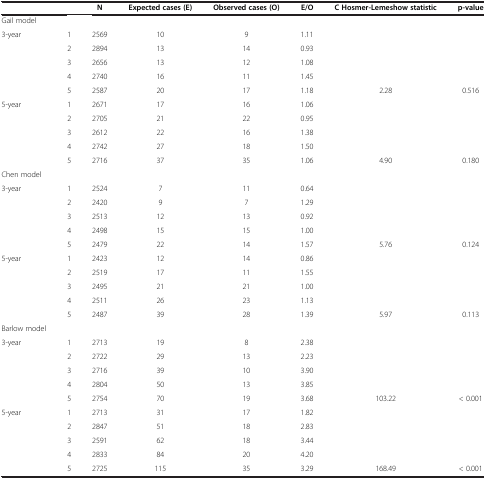
<table><thead><tr><td><b> </b></td><td><b> </b></td><td><b>N</b></td><td><b>Expected cases (E)</b></td><td><b>Observed cases (O)</b></td><td><b>E/O</b></td><td><b>C Hosmer-Lemeshow statistic</b></td><td><b>p-value</b></td></tr></thead><tbody><tr><td>Gail model</td><td> </td><td> </td><td> </td><td> </td><td> </td><td> </td><td> </td></tr><tr><td>3-year</td><td>1</td><td>2569</td><td>10</td><td>9</td><td>1.11</td><td> </td><td> </td></tr><tr><td> </td><td>2</td><td>2894</td><td>13</td><td>14</td><td>0.93</td><td> </td><td> </td></tr><tr><td> </td><td>3</td><td>2656</td><td>13</td><td>12</td><td>1.08</td><td> </td><td> </td></tr><tr><td> </td><td>4</td><td>2740</td><td>16</td><td>11</td><td>1.45</td><td> </td><td> </td></tr><tr><td> </td><td>5</td><td>2587</td><td>20</td><td>17</td><td>1.18</td><td>2.28</td><td>0.516</td></tr><tr><td>5-year</td><td>1</td><td>2671</td><td>17</td><td>16</td><td>1.06</td><td> </td><td> </td></tr><tr><td> </td><td>2</td><td>2705</td><td>21</td><td>22</td><td>0.95</td><td> </td><td> </td></tr><tr><td> </td><td>3</td><td>2612</td><td>22</td><td>16</td><td>1.38</td><td> </td><td> </td></tr><tr><td> </td><td>4</td><td>2742</td><td>27</td><td>18</td><td>1.50</td><td> </td><td> </td></tr><tr><td> </td><td>5</td><td>2716</td><td>37</td><td>35</td><td>1.06</td><td>4.90</td><td>0.180</td></tr><tr><td>Chen model</td><td> </td><td> </td><td> </td><td> </td><td> </td><td> </td><td> </td></tr><tr><td>3-year</td><td>1</td><td>2524</td><td>7</td><td>11</td><td>0.64</td><td> </td><td> </td></tr><tr><td> </td><td>2</td><td>2420</td><td>9</td><td>7</td><td>1.29</td><td> </td><td> </td></tr><tr><td> </td><td>3</td><td>2513</td><td>12</td><td>13</td><td>0.92</td><td> </td><td> </td></tr><tr><td> </td><td>4</td><td>2498</td><td>15</td><td>15</td><td>1.00</td><td> </td><td> </td></tr><tr><td> </td><td>5</td><td>2479</td><td>22</td><td>14</td><td>1.57</td><td>5.76</td><td>0.124</td></tr><tr><td>5-year</td><td>1</td><td>2423</td><td>12</td><td>14</td><td>0.86</td><td> </td><td> </td></tr><tr><td> </td><td>2</td><td>2519</td><td>17</td><td>11</td><td>1.55</td><td> </td><td> </td></tr><tr><td> </td><td>3</td><td>2495</td><td>21</td><td>21</td><td>1.00</td><td> </td><td> </td></tr><tr><td> </td><td>4</td><td>2511</td><td>26</td><td>23</td><td>1.13</td><td> </td><td> </td></tr><tr><td> </td><td>5</td><td>2487</td><td>39</td><td>28</td><td>1.39</td><td>5.97</td><td>0.113</td></tr><tr><td>Barlow model</td><td> </td><td> </td><td> </td><td> </td><td> </td><td> </td><td> </td></tr><tr><td>3-year</td><td>1</td><td>2713</td><td>19</td><td>8</td><td>2.38</td><td> </td><td> </td></tr><tr><td> </td><td>2</td><td>2722</td><td>29</td><td>13</td><td>2.23</td><td> </td><td> </td></tr><tr><td> </td><td>3</td><td>2716</td><td>39</td><td>10</td><td>3.90</td><td> </td><td> </td></tr><tr><td> </td><td>4</td><td>2804</td><td>50</td><td>13</td><td>3.85</td><td> </td><td> </td></tr><tr><td> </td><td>5</td><td>2754</td><td>70</td><td>19</td><td>3.68</td><td>103.22</td><td>&lt; 0.001</td></tr><tr><td>5-year</td><td>1</td><td>2713</td><td>31</td><td>17</td><td>1.82</td><td> </td><td> </td></tr><tr><td> </td><td>2</td><td>2847</td><td>51</td><td>18</td><td>2.83</td><td> </td><td> </td></tr><tr><td> </td><td>3</td><td>2591</td><td>62</td><td>18</td><td>3.44</td><td> </td><td> </td></tr><tr><td> </td><td>4</td><td>2833</td><td>84</td><td>20</td><td>4.20</td><td> </td><td> </td></tr><tr><td> </td><td>5</td><td>2725</td><td>115</td><td>35</td><td>3.29</td><td>168.49</td><td>&lt; 0.001</td></tr></tbody></table>